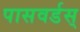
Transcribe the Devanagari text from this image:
पासवर्डस्